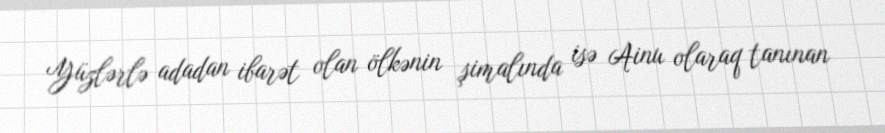
Yüzlərlə adadan ibarət olan ölkənin şimalında isə Ainu olaraq tanınan